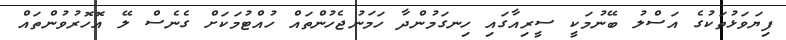
ފިޔަވަޅުތަކުގެ އަސްލު ބޭނުމަކީ ސީރިއާގައި ހިނގަމުންދާ ހަމަނުޖެހުންތައް ހުއްޓުމަކަށް ގެނެސް ލޭ އޮހޮރުވުންތައް